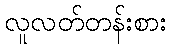
လူလတ်တန်းစား